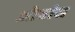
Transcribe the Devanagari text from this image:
ओवांस